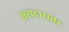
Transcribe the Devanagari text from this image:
घरादारावर